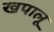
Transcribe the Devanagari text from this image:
खपालू